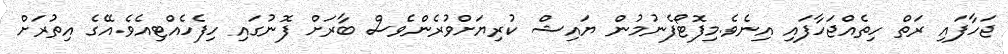
ޖަހާފައި ރަތް ހިތެއްޖަހާފައި އިނެވެ.މިފޮޓޯފެނުމުން ޔައިޝް ކުރިޔަށްވުރެންވެސް ބާރަށް ފޮނުގައި ހިފެހެއްޓިއެވެ.އޭގެ އިތުރަށް